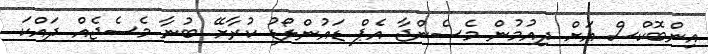
އިންބޮކްސް އަށް ދިއުމުން މެސެންޖާ އެޕް ޑައުންލޯޑު ކުރާށޭ ބުނާ މެސެޖެއް ދައްކަ